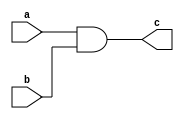
module BRANCH(
    input a,
    input b,
    output reg c);

always@*
begin
    c = a & b;
end
endmodule